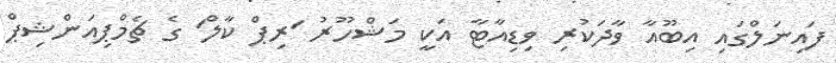
ފައިނަލްގައި އިބޫއާ ވާދަކުރި ވިޑިއާޓާ އަކީ މަޝްހޫރު 'ރިޕް ކާލް' ގެ ޗެމްޕިއަންޝިޕް